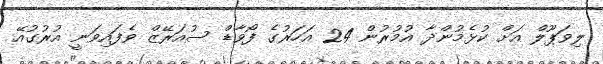
ލިވަޕޫލް އަށް ކުޅެމުންދާ އުމުރުން 24 އަހަރުގެ ފޯވާޑް ސުއަރޭޒް ވެފައިވަނީ އުރުގުއޭ